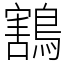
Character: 鶷